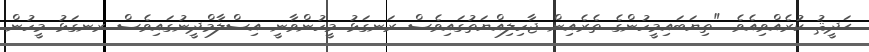
ޙަދީޘު ކުރެއްވިއެވެ. "ތިޔަބައިމީހުންގެ ތެރެއިން ޖާހިލިއްޔަތުގައިވެސް ރަނގަޅު މީހުންވާނީ އިސްލާމްދީނުގައިވެސް ރނގަޅު މީހުން